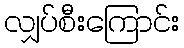
လျှပ်စီးကြောင်း